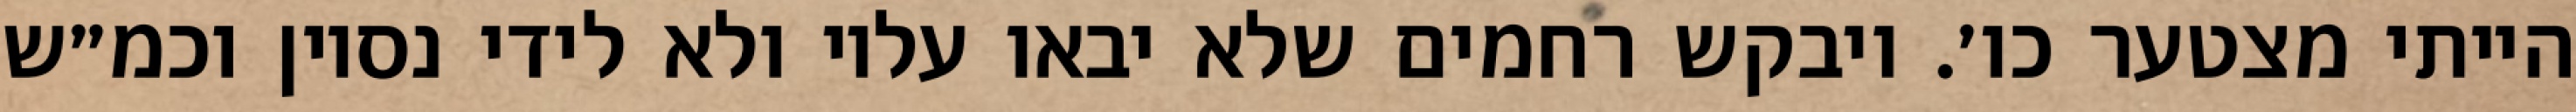
הייתי מצטער כו׳. ויבקש רחמים שלא יבאו עליו ולא לידי נסיון וכמ״ש